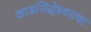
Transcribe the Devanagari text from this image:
काडसिद्धेश्वराचा